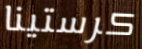
كرستينا